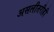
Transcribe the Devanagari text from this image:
असलीतरीही